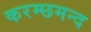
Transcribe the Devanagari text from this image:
करम्छमन्द